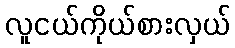
လူငယ်ကိုယ်စားလှယ်